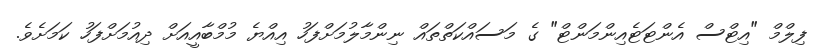
ފިލްމް "އިޓްސް އެންޓަޓެއިންމަންޓް" ގެ މަސައްކަތްތައް ނިންމާލުމަށްފަހު އިއްޔެ މުމްބާއީއަށް ދިއުމަށްފަހު ކަމަށެވެ.